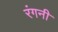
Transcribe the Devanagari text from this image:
रंगनी